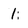
Character: 1